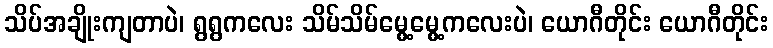
သိပ်အချိုးကျတာပဲ၊ ရွရွကလေး သိမ်သိမ်မွေ့မွေ့ကလေးပဲ၊ ယောဂီတိုင်း ယောဂီတိုင်း